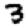
Digit: 3